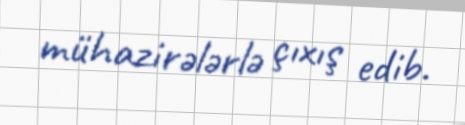
mühazirələrlə çıxış edib.